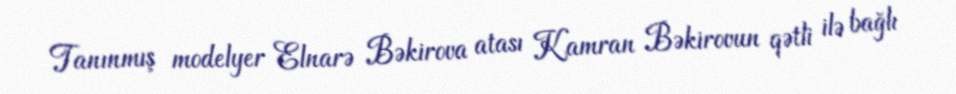
Tanınmış modelyer Elnarə Bəkirova atası Kamran Bəkirovun qətli ilə bağlı